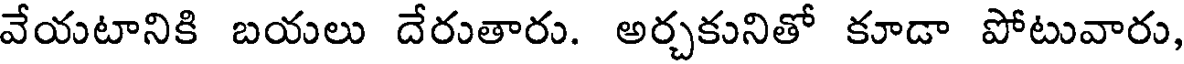
వేయటానికి బయలు దేరుతారు. అర్చకునితో కూడా పోటువారు,